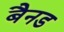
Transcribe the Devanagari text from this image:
बैनड